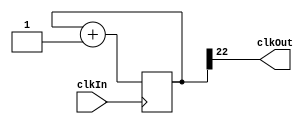
`ifndef PRESCALER
`define PRESCALER 1

module Prescaler #(
    parameter BITS = 22
) (
    input  clkIn,
    output clkOut
);

    reg[BITS:0] counter = 0;

    always @(posedge clkIn) begin
        counter <= counter + 1;
    end

    assign clkOut = counter[BITS];

endmodule

`endif